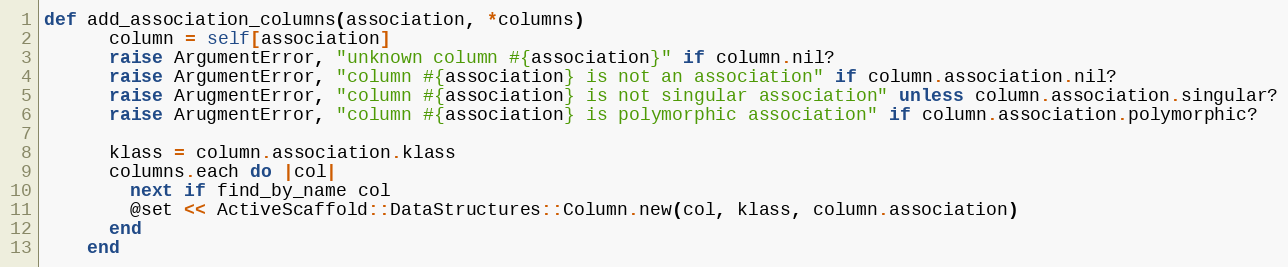
Language: Ruby
def add_association_columns(association, *columns)
      column = self[association]
      raise ArgumentError, "unknown column #{association}" if column.nil?
      raise ArgumentError, "column #{association} is not an association" if column.association.nil?
      raise ArugmentError, "column #{association} is not singular association" unless column.association.singular?
      raise ArugmentError, "column #{association} is polymorphic association" if column.association.polymorphic?

      klass = column.association.klass
      columns.each do |col|
        next if find_by_name col
        @set << ActiveScaffold::DataStructures::Column.new(col, klass, column.association)
      end
    end